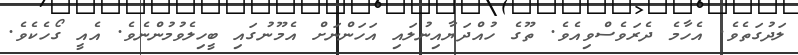
ލަދުގަތެވެ. އެހާމެ ދެރަވެސްވިއެވެ. ތޫގެ ހުއްދަޔާއިނުލައި އަހަންނަށް އެމޫނުގައި ބީހިލެވުމުންނެވެ. އެއީ ގޯހެކެވެ.